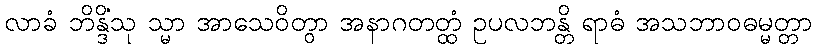
လာခံ ဘိန္ဒိံသု သ္မာ အာသေဝိတွာ အနာဂတတ္ထံ ဥပလဘန္တိ ရာဓံ အသဘာဝဓမ္မတ္တာ